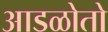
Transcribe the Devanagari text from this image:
आडळोतो